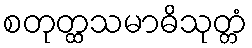
စတုတ္ထသမာဓိသုတ္တံ